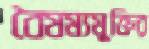
বৈষম্যমুক্তির